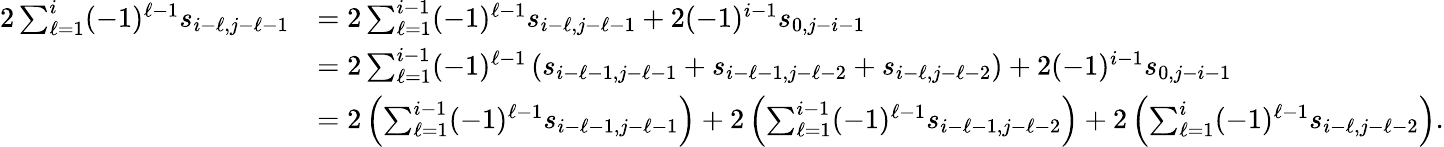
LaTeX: \begin{array}{rl}{2\sum_{\ell=1}^{i}(-1)^{\ell-1}s_{i-\ell,j-\ell-1}}&{=2\sum_{\ell=1}^{i-1}(-1)^{\ell-1}s_{i-\ell,j-\ell-1}+2(-1)^{i-1}s_{0,j-i-1}}\\ &{=2\sum_{\ell=1}^{i-1}(-1)^{\ell-1}\left(s_{i-\ell-1,j-\ell-1}+s_{i-\ell-1,j-\ell-2}+s_{i-\ell,j-\ell-2}\right)+2(-1)^{i-1}s_{0,j-i-1}}\\ &{=2\left(\sum_{\ell=1}^{i-1}(-1)^{\ell-1}s_{i-\ell-1,j-\ell-1}\right)+2\left(\sum_{\ell=1}^{i-1}(-1)^{\ell-1}s_{i-\ell-1,j-\ell-2}\right)+2\left(\sum_{\ell=1}^{i}(-1)^{\ell-1}s_{i-\ell,j-\ell-2}\right).}\end{array}